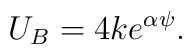
U_B=4k e^{\alpha \psi}.